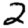
Digit: 2